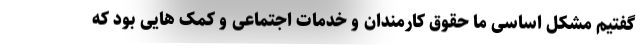
گفتیم مشکل اساسی ما حقوق کارمندان و خدمات اجتماعی و کمک هایی بود که